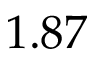
1 . 8 7